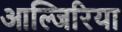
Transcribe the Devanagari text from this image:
आल्जिरिया